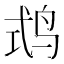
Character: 𪉅